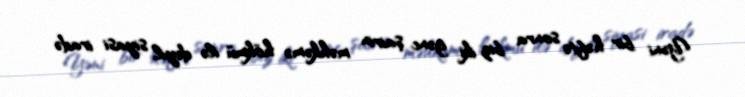
Yəni bir həftə sonra biz iki gənc şairin məhkəmə hökmü ilə deyil, siyasi iradə